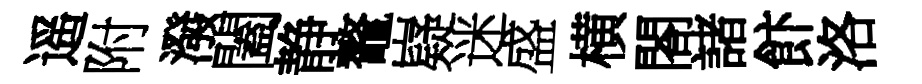
遥附潑闔静鼇嶷迷盛横閤諸飰洛